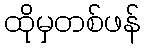
ထိုမှတစ်ဖန်